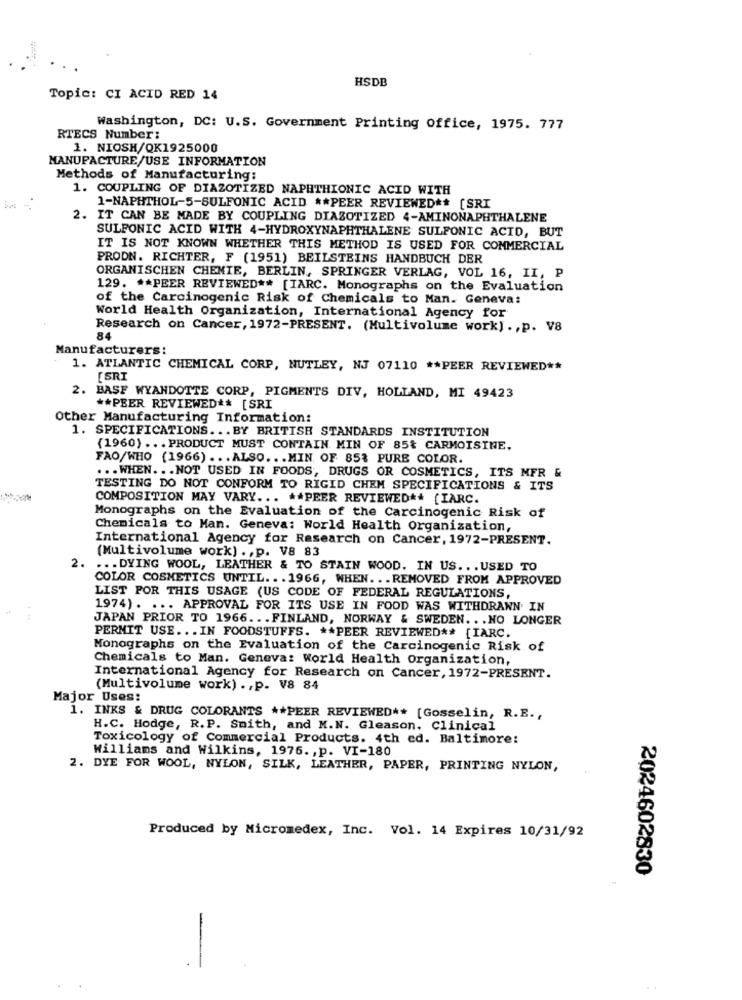
HSDB
Topic: CI ACID RED 14
Washington, DC: U.S. Government Printing office, 1975. 777
RTECS Number:
1. NIOSH/QK1925000
MANUFACTURE/USE INFORMATION
Methods of Manufacturing:
1. COUPLING OF DIAZOTIZED NAPHTHIONIC ACID WITH
1-NAPHTHOL-5-SULFONIC ACID ** PEER REVIEWED ** [SRI
2. IT CAN BE MADE BY COUPLING DIAZOTIZED 4-AMINONAPHTHALENE
SULFONIC ACID WITH 4-HYDROXYNAPHTHALENE SULFONIC ACID, BUT
IT IS NOT KNOWN WHETHER THIS METHOD IS USED FOR COMMERCIAL
PRODN. RICHTER, F (1951) BEILSTEINS HANDBUCH DER
ORGANISCHEN CHEMIE, BERLIN, SPRINGER VERLAG, VOL 16, II, P
129. ** PEER REVIEWED ** [IARC. Monographs on the Evaluation
of the Carcinogenic Risk of Chemicals to Man. Geneva:
World Health Organization, International Agency for
Research on Cancer, 1972-PRESENT. (Multivolume work) . , p. V8
84
Manufacturers:
1. ATLANTIC CHEMICAL CORP, NUTLEY, NJ 07110 ** PEER REVIEWED **
[SRI
2. BASF WYANDOTTE CORP, PIGMENTS DIV, HOLLAND, MI 49423
** PEER REVIEWED ** [SRI
Other Manufacturing Information:
1. SPECIFICATIONS ... BY BRITISH STANDARDS INSTITUTION
(1960) ... PRODUCT MUST CONTAIN MIN OF 85& CARMOISINE.
FAO/WHO (1966) ... ALSO ... MIN. OF 85% PURE COLOR.
... WHEN. .. NOT USED IN FOODS, DRUGS OR COSMETICS, ITS MFR &
TESTING DO NOT CONFORM TO RIGID CHEM SPECIFICATIONS & ITS
COMPOSITION MAY VARY ... ** PEER REVIEWED ** [IARC.
Monographs on the Evaluation of the Carcinogenic Risk of
Chemicals to Man. Geneva: World Health Organization,
International Agency for Research on Cancer, 1972-PRESENT.
(Multivolume work) ., p. V8 83
2.
... DYING WOOL, LEATHER & TO STAIN WOOD. IN US .. . USED TO
COLOR COSMETICS UNTIL .. . 1966, WHEN. . . REMOVED FROM APPROVED
LIST POR THIS USAGE (US CODE OF FEDERAL REGULATIONS,
1974). ... APPROVAL FOR ITS USE IN FOOD WAS WITHDRAWN IN
JAPAN PRIOR TO 1966. .. FINLAND, NORWAY & SWEDEN. . . NO LONGER
PERMIT USE ... IN FOODSTUFFS. ** PEER REVIEWED ** [IARC.
Monographs on the Evaluation of the Carcinogenic Risk of
Chemicals to Man. Geneva: World Health Organization,
International Agency for Research on Cancer, 1972-PRESENT.
(Multivolume work) ., p. V8 84
Major Uses:
1. INKS & DRUG COLORANTS ** PEER REVIEWED ** [Gosselin, R.E .,
H.C. Hodge, R.P. Smith, and M.N. Gleason. Clinical
Toxicology of Commercial Products. 4th ed. Baltimore:
Williams and Wilkins, 1976. , p. VI-180
2. DYE FOR WOOL, NYLON, SILK, LEATHER, PAPER, PRINTING NYLON,
Produced by Micromedex, Inc. Vol. 14 Expires 10/31/92
2024602830
-